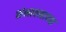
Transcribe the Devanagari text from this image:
संभावनापक्ष